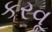
કરવૂ